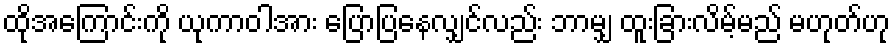
ထိုအကြောင်းကို ယုကာဝါအား ပြောပြနေလျှင်လည်း ဘာမျှ ထူးခြားလိမ့်မည် မဟုတ်ဟု